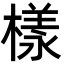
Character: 樣